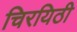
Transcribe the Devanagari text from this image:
चिरयिठी